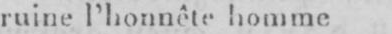
ruine l’honnête homme